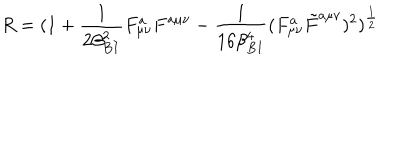
R = ( 1 + { \frac { 1 } { 2 \beta _ { B I } ^ { 2 } } } F _ { \mu \nu } ^ { a } F ^ { a \mu \nu } - { \frac { 1 } { 1 6 \beta _ { B I } ^ { 4 } } } ( F _ { \mu \nu } ^ { a } \tilde { F } ^ { a \mu \nu } ) ^ { 2 } ) ^ { \frac { 1 } { 2 } }